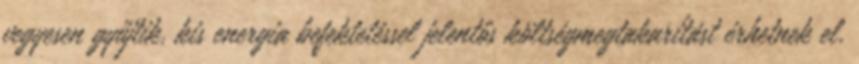
vegyesen gyűjtik, kis energia befektetéssel jelentős költségmegtakarítást érhetnek el.